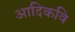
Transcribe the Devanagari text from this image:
अादिकवि